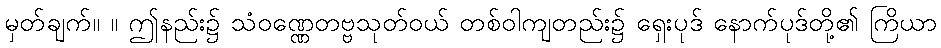
မှတ်ချက်။ ။ ဤနည်း၌ သံဝဏ္ဏေတဗ္ဗသုတ်ဝယ် တစ်ဝါကျတည်း၌ ရှေးပုဒ် နောက်ပုဒ်တို့၏ ကြိယာ